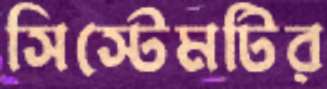
সিস্টেমটির